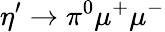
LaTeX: \eta^{\prime}\rightarrow\pi^{0}\mu^{+}\mu^{-}